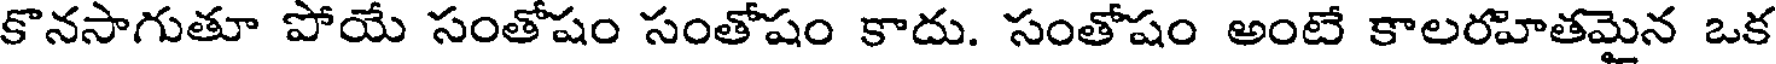
కొనసాగుతూ పోయే సంతోషం సంతోషం కాదు. సంతోషం అంటే కాలరహితమైన ఒక